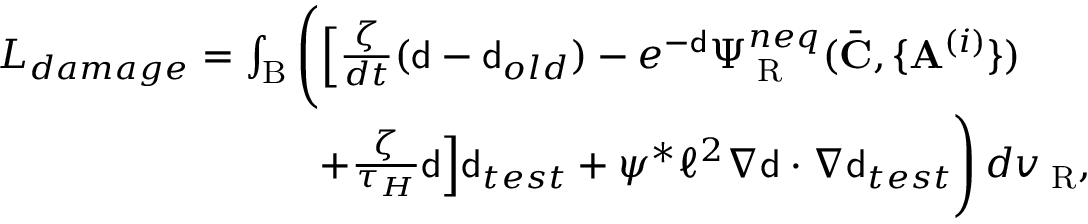
\begin{array} { r l } & { L _ { d a m a g e } = \int _ { \mathrm { B } } \Bigg ( \Big [ \frac { \zeta } { d t } ( { \mathsf { d } } - { \mathsf { d } } _ { o l d } ) - e ^ { - { \mathsf { d } } } \Psi _ { \mathrm { \tiny ~ R } } ^ { n e q } ( \bar { \mathbf { C } } , \{ \mathbf { A } ^ { ( i ) } \} ) } \\ & { \qquad \qquad \qquad \qquad + \frac { \zeta } { \tau _ { H } } { \mathsf { d } } \Big ] { \mathsf { d } } _ { t e s t } + \psi ^ { * } \ell ^ { 2 } \nabla { \mathsf { d } } \cdot \nabla { \mathsf { d } } _ { t e s t } \Bigg ) \, d v _ { \mathrm { \tiny ~ R } } , } \end{array}